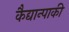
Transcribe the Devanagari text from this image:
कैद्यान्पाकी